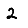
Digit: 2